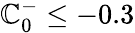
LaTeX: \mathbb{C}_{0}^{-}\le-0.3